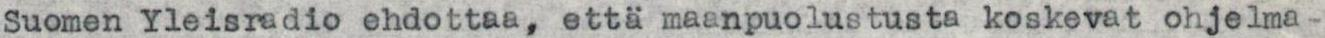
Suomen Yleisradio ehdottaa, että maanpuolustusta koskevat ohjelma-